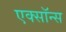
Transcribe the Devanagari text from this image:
एक्सॉन्स